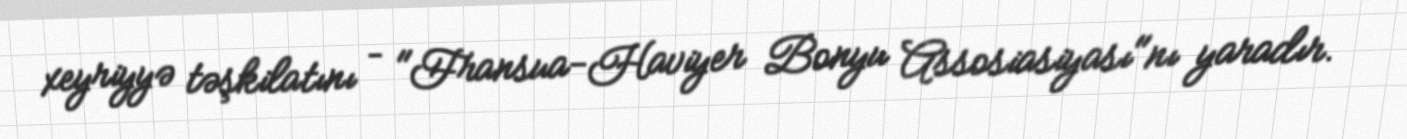
xeyriyyə təşkilatını – "Fransua-Haviyer Bonyu Assosiasiyası"nı yaradır.